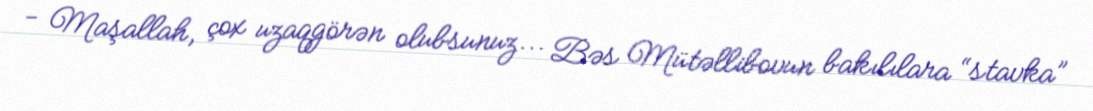
- Maşallah, çox uzaqgörən olubsunuz... Bəs Mütəllibovun bakılılara “stavka”